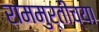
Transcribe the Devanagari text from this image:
राममुर्तीच्या